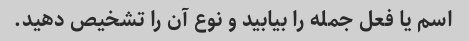
اسم یا فعل جمله را بیابید و نوع آن را تشخیص دهید.